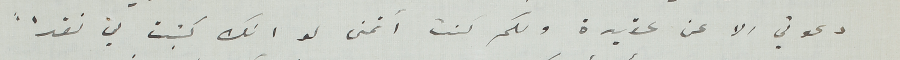
دعوتي الا عن عقيدة ولكم كنت أتمنى لو انك كتبت لي نقداً